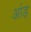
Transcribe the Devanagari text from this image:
आंड़